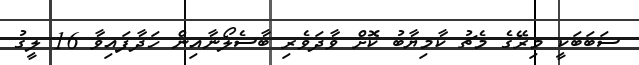
ސަބަބަކީ މިރޭގެ މެޗު ކާމިޔާބު ކޮށް ވާދަވެރި ބާސެލޯނާއިން ހަދާފައިވާ 16 ލީގު